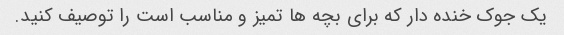
یک جوک خنده دار که برای بچه ها تمیز و مناسب است را توصیف کنید.